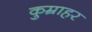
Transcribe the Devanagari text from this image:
कुम्राहर